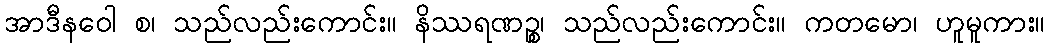
အာဒီနဝေါ စ၊ သည်လည်းကောင်း။ နိဿရဏဉ္စ၊ သည်လည်းကောင်း။ ကတမော၊ ဟူမူကား။